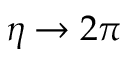
\eta \rightarrow 2 \pi